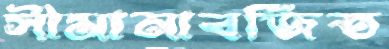
সীমানাবর্জিত